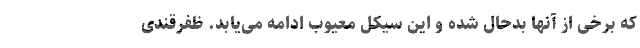
که برخی از آنها بدحال شده و این سیکل معیوب ادامه می‌یابد. ظفرقندی